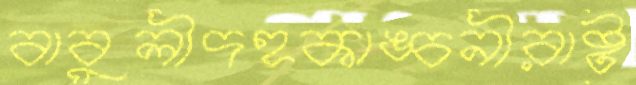
বাবুলীদহকাঙ্চনীরাষ্ট্